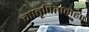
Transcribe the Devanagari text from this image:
मातृपितामह०